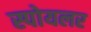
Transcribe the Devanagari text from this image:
स्पोयलर